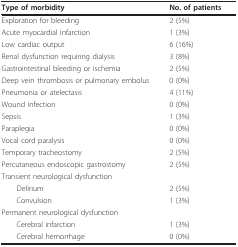
<table><thead><tr><td><b>Type of morbidity</b></td><td><b>No. of patients</b></td></tr></thead><tbody><tr><td>Exploration for bleeding</td><td>2 (5%)</td></tr><tr><td>Acute myocardial infarction</td><td>1 (3%)</td></tr><tr><td>Low cardiac output</td><td>6 (16%)</td></tr><tr><td>Renal dysfunction requiring dialysis</td><td>3 (8%)</td></tr><tr><td>Gastrointestinal bleeding or ischemia</td><td>2 (5%)</td></tr><tr><td>Deep vein thrombosis or pulmonary embolus</td><td>0 (0%)</td></tr><tr><td>Pneumonia or atelectasis</td><td>4 (11%)</td></tr><tr><td>Wound infection</td><td>0 (0%)</td></tr><tr><td>Sepsis</td><td>1 (3%)</td></tr><tr><td>Paraplegia</td><td>0 (0%)</td></tr><tr><td>Vocal cord paralysis</td><td>0 (0%)</td></tr><tr><td>Temporary tracheostomy</td><td>2 (5%)</td></tr><tr><td>Percutaneous endoscopic gastrostomy</td><td>2 (5%)</td></tr><tr><td>Transient neurological dysfunction</td><td></td></tr><tr><td> Delirium</td><td>2 (5%)</td></tr><tr><td> Convulsion</td><td>1 (3%)</td></tr><tr><td>Permanent neurological dysfunction</td><td></td></tr><tr><td> Cerebral infarction</td><td>1 (3%)</td></tr><tr><td> Cerebral hemorrhage</td><td>0 (0%)</td></tr></tbody></table>